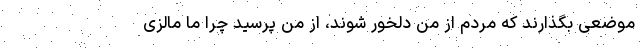
موضعی بگذارند که مردم از من دلخور شوند، از من پرسید چرا ما مالزی